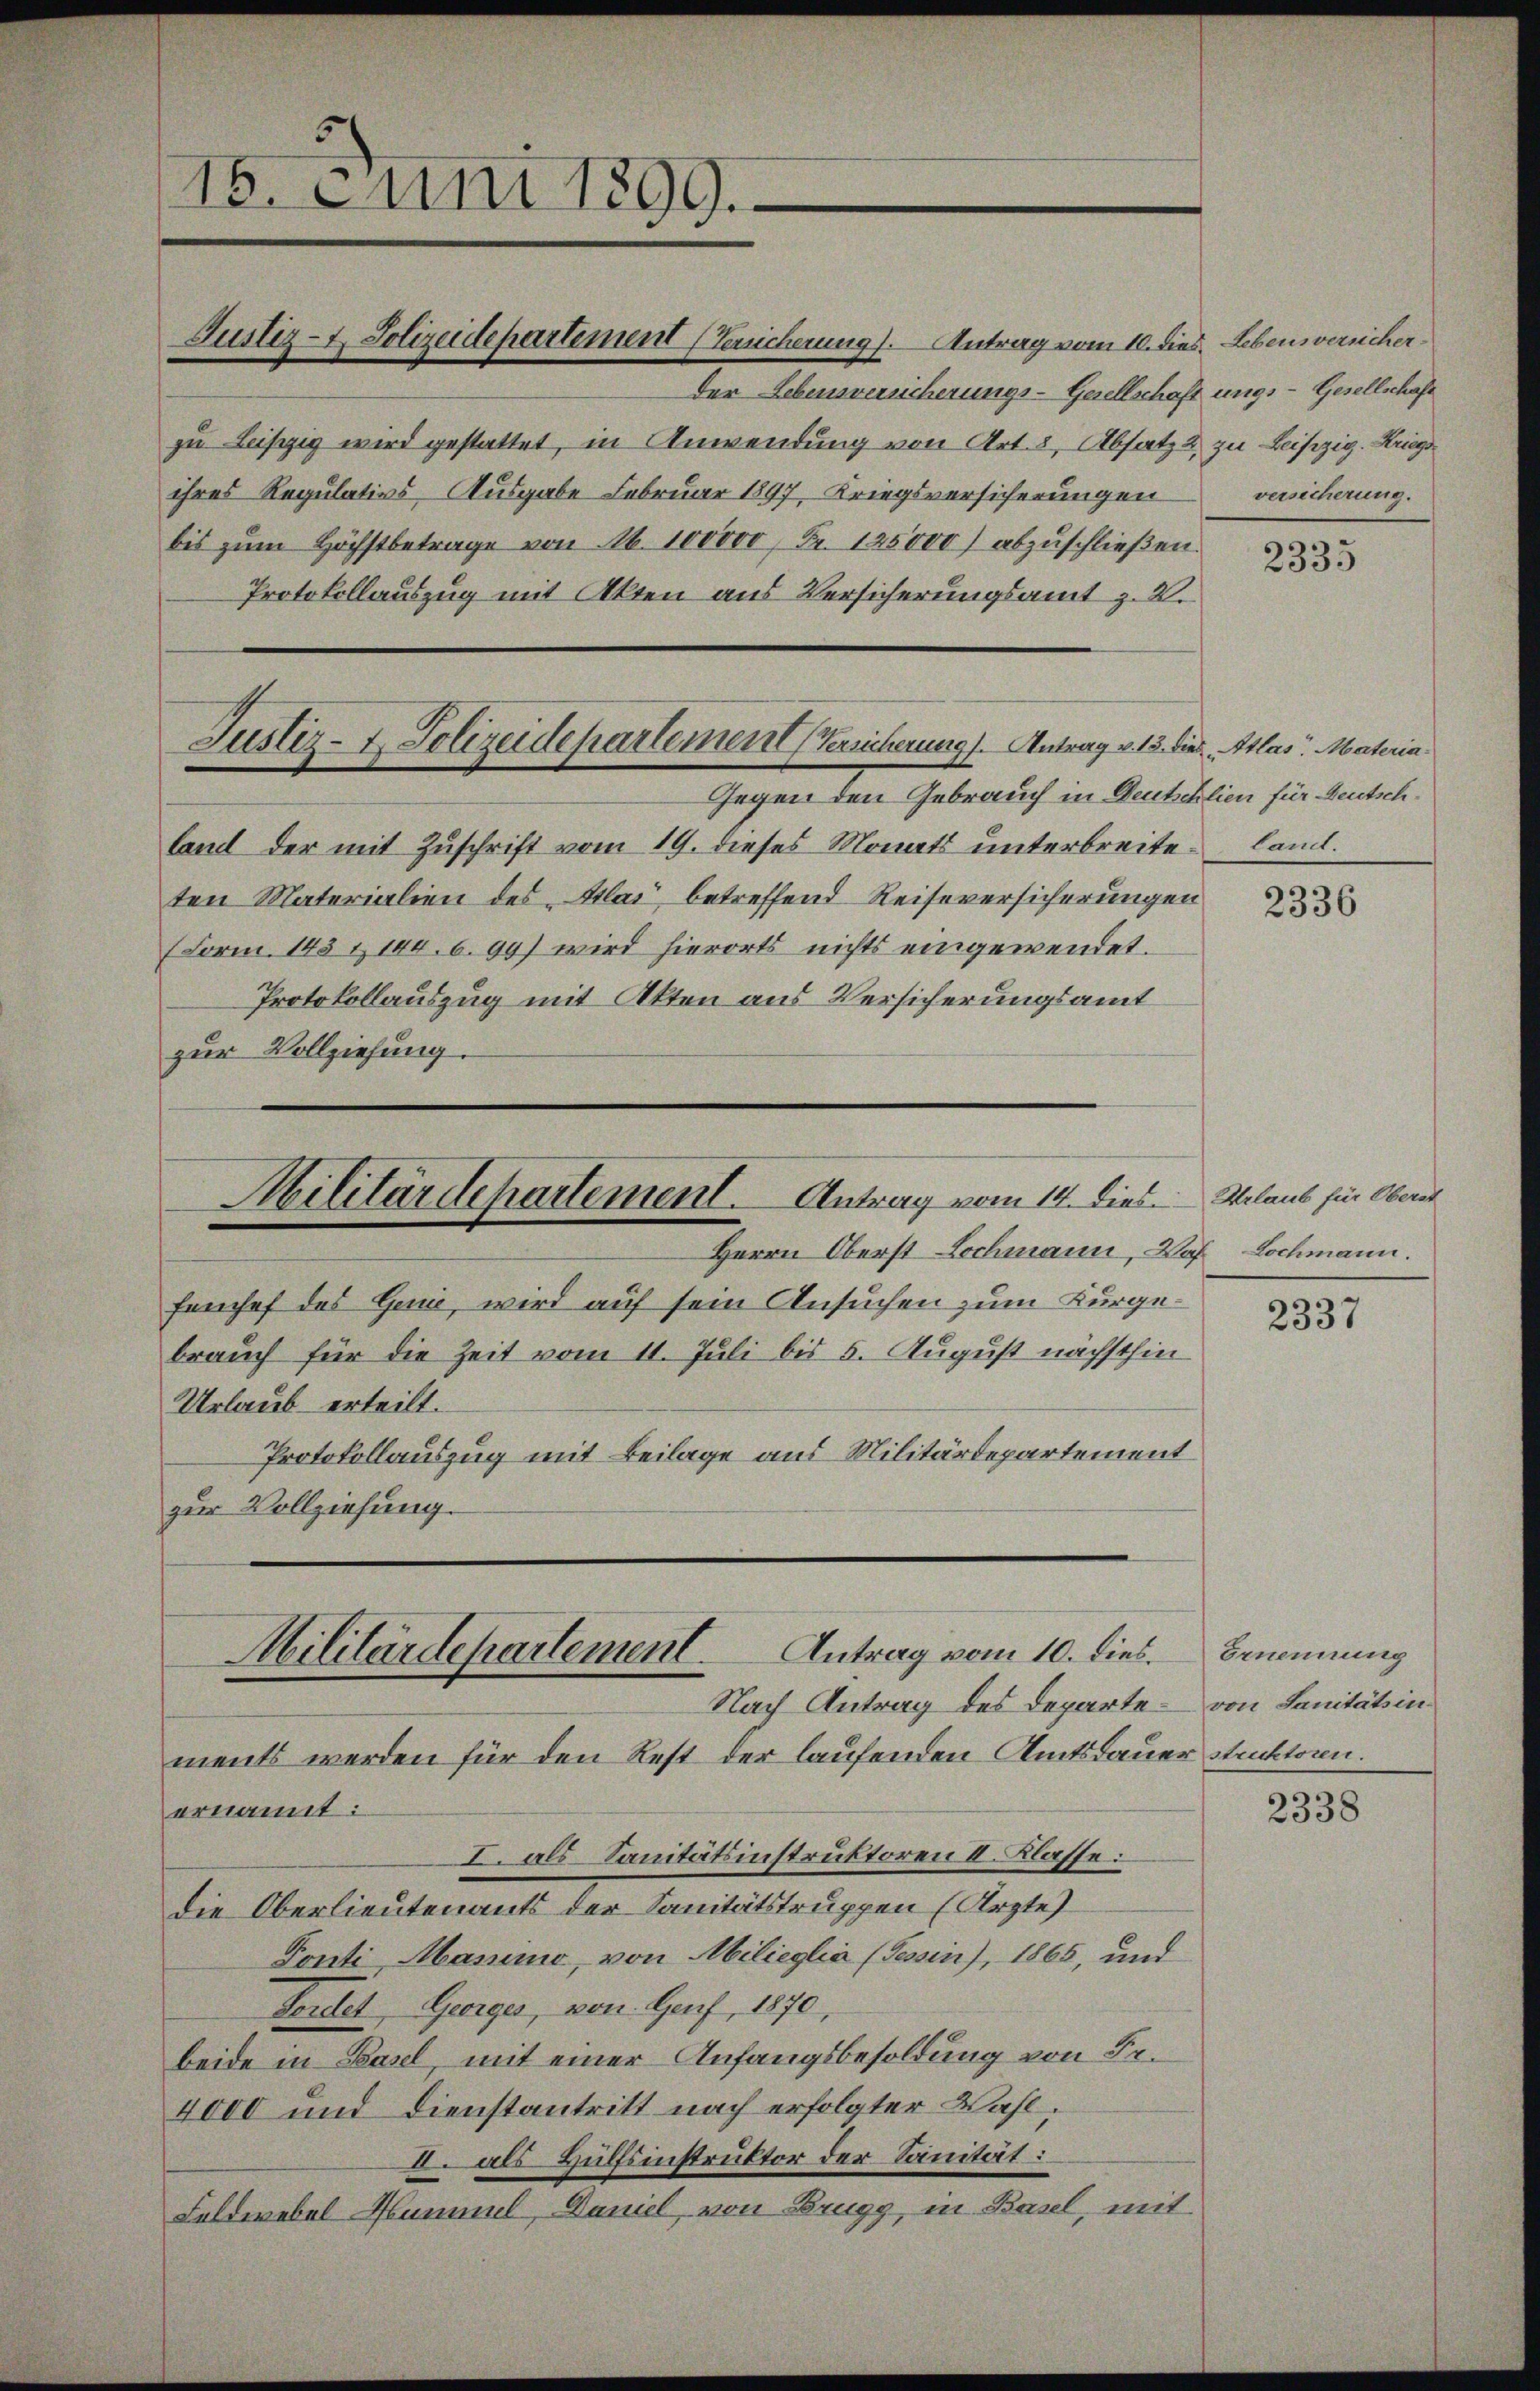
5
16. Juni 1899.

Justiz- & Polizeidepartement (Terricherung). Antrag vom 10. dies. Lebensversicher
Der Lebensversicherungs-Gesellschaft ungs-Gesellschaft
zu Leipzig wird gestattet, in Anwendung von Art. 8, Absatz 2 zu Beisezig. Kriegs
ihres Regulativs, Ausgabe Februar 1897, Kriegsversicherungen
bis zum Höchstbetrage von A. 100000 Fr. 125000 abzuschließen.
Protokollauszug mit Akten aus Versicherungsamt z. B.
Gegen den Gebrauch in Deutschlien für Deutschland der mit Zuschrift vom 19. dieses Monats unterbreiten land.
ten Materialien des Klai, betreffend Reiseversicherungen
(Form. 143 & 144. 6.99) wird hierorts nichts eingewendet.
Protokollauszug mit Akten aus Versicherungsamt
zur Vollziehung.

Justiz- & Polizeidepartement (Versicherung). Antrag v. 13. die Atlas Materia¬

Herrn Oberst Lochmann, Pof Lochmann.
feuchef des Genie, wird auf sein Ansuchen zum Kurgebrauch für die Zeit vom 11. Juli bis 5. August nächsthin
Urlaub erteilt.
Protokollauszug mit Beilage aus Militärdepartement
zur Vollziehung.

Militärdepartement. Antrag vom 14. Dies Urlaub für Obern

Militärdepartement. Antrag vom 10. dies.
Nach Antrag des Departe – von Sanitätsin

ments werden für den Rest der laufenden Amtsdauer struktoren.
ernannt:
I. als Sanitätsinstruktoren II. Klasse:
die Oberlieutenants der Sanitätstruppen (Arzte
Fonti, Manimo, von Milieglia (Tessin), 1865, und
Fordet, Georges, von Genf, 1870,
beide in Basel, mit einer Anfangsbesoldung von Sr.
4000 und Dienstantritt nach erfolgter Wahl,
2. als Hülfsinstruktor der Sanität:
Feldwebel Hummel, Daniel von Brugg, in Basel, mit

versicherung.

2335

2336

2337

Ernennung

2338